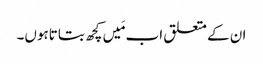
ان کے متعلق اب مَیں کچھ بتاتاہوں۔